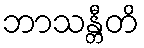
ဘာသန္တီတိ